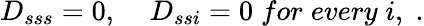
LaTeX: D_{sss}=0,\; \; \; \; D_{ssi}=0\; for\; every\; i,\; .